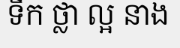
ទឹក ថ្លា ល្អ នាង